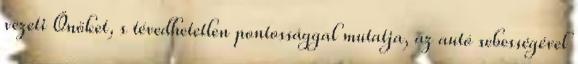
vezeti Önöket, s tévedhetetlen pontossággal mutatja, az autó sebességével